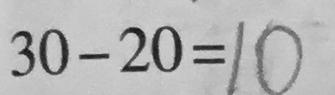
3 0 - 2 0 = 1 0